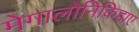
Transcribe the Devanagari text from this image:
मेगालोनिकिडाए